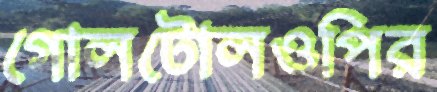
গোলটোলওপির